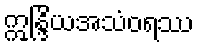
ဣန္ဒြိယအသံဝရဿ